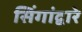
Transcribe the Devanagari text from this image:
सिंगांद्वारे